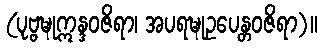
(ပုဗ္ဗဍ္ဎုဣန္ဒဝဇိရာ၊ အပရဍ္ဎုဥပေန္တဝဇိရာ)။